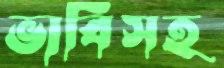
ভাবিসহ